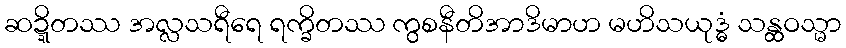
ဆဍ္ဍိတဿ အလ္လသရီရေ ရက္ခိတဿ ကွစနီတိအာဒိမာဟ မဟိသယုဒ္ဓံ သန္ထဝသ္မာ